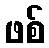
ဖစ်